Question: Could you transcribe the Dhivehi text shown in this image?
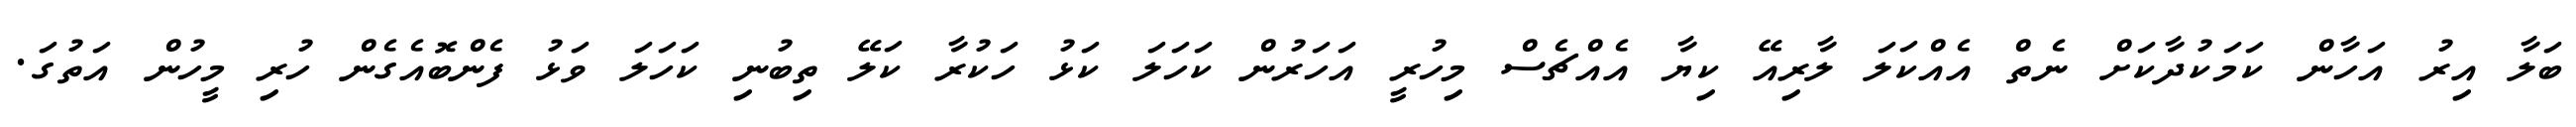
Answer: ބަލާ އިރު އަހާން ކަމަކުދާކަށް ނެތް އެއްކަލަ ލާރިއޭ ކިޔާ އެއްޗެސް މިހުރީ އަހަރުން ކަހަލަ ކަޅު ހަކުރާ ކަލޭ ތިބުނި ކަހަލަ ވަޅު ފެންބޮއެގެން ހުރި މީހުން އަތުގަ.